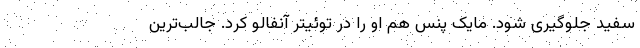
سفید جلوگیری شود. مایک پنس هم او را در توئیتر آنفالو کرد. جالب‌ترین